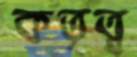
কতৃত্ব